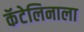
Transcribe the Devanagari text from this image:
कॅटेलिनाला